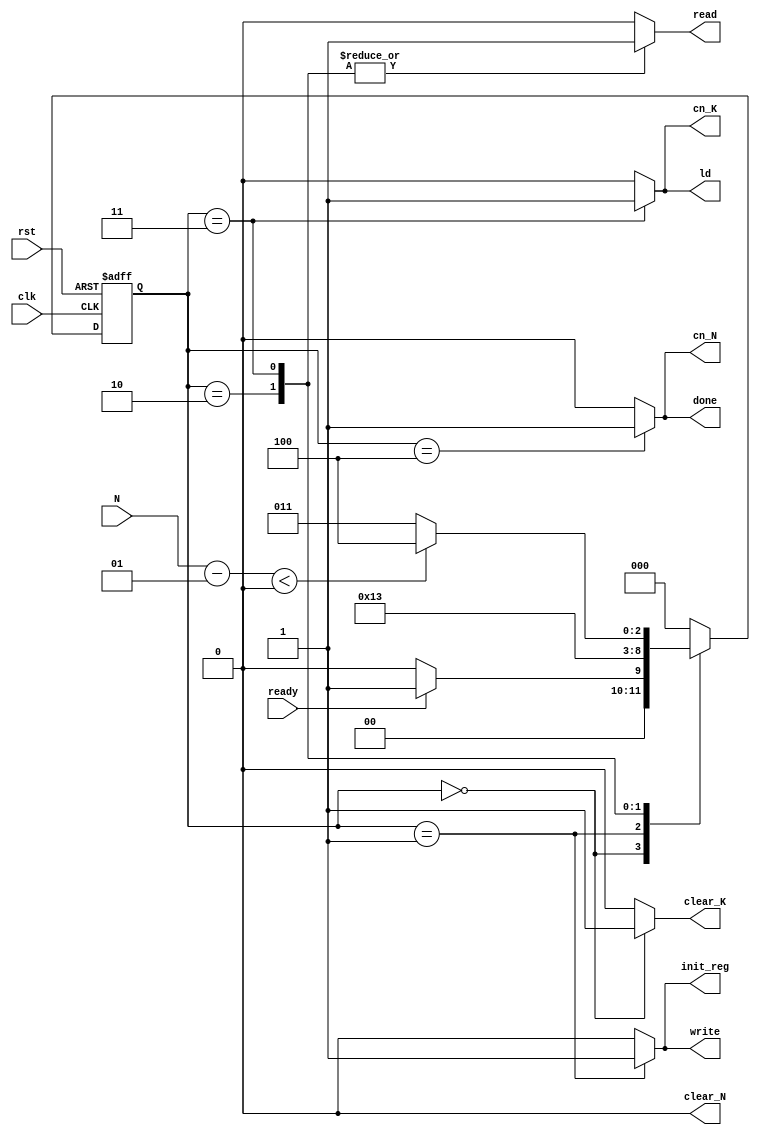
module CU 
	(
	input  clk,rst,ready,
	input signed[15:0]N,
	output reg done,write,read,init_reg,ld,clear_K,cn_N,cn_K,clear_N
    );

  reg [2:0]ps,ns;
  parameter [2:0] one=3'b000,two=3'b001,three=3'b010, four=3'b011, five = 3'b100;
  always@( ps , N  )begin
    ns=one;
    case(ps)
      one   : ns = (ready == 1'b1) ? two : one ;
      two   : ns = three  ; 
      three : ns = four  ;
      four  : ns = ((N-1)<0) ? five : four ;
      five  : ns = one ;
    endcase 
  end
  always@(ps)begin
    
		done=0;write=0;read=0;init_reg=0;ld=0;cn_N=0;cn_K=0;clear_K=0;clear_N=0;

    case (ps)
      
      one : begin clear_K = 1'b1;
      end
      two : begin write=1'b1 ; init_reg=1'b1 ;
      end
      three : begin read=1'b1 ;
      end
      four :  begin ld=1'b1; cn_K= 1'b1;read=1'b1;
      end
      five :  begin done=1'b1; cn_N=1'b1;
      end
    endcase 
  end
  
  always@(posedge clk, posedge rst ) begin 
    if(rst ) ps <= 3'b000;
    else ps <= ns;
    end
  endmodule